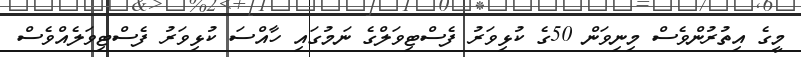
މީގެ އިތުރުންވެސް މިނިވަން 50ގެ ކުޅިވަރު ފެސްޓިވަލްގެ ނަމުގައި ހާއްސަ ކުޅިވަރު ފެސްޓިވަލެއްވެސް